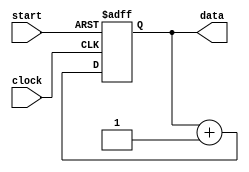
module upcntr(input clock , input start , output reg [7:0] data);

//sequential logic circuit
always @(posedge clock , posedge start)
begin
    if(start)
        data<=0;
    else
        data<=data+1;
end

endmodule

`timescale  1ns/1ns


module upcntr_tb;
reg clock ;
reg  start ;
wire [7:0] data;

upcntr dip(clock, start,data);


always begin
    clock=~clock;
    #10;
end
initial begin
    clock<=0;
    start<=1;
    #20;
    start<=0;
    #20;
    #20;
    #20; 
    #20;
    #20;
    #20;
    #20;
    #20;
    #20;
    #20;
    #20;
    #20;
    $finish;

end

initial begin
    $monitor("%b %b\n",clock,data);
end

endmodule